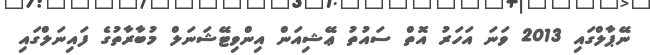
ނޭޕާލްގައި 2013 ވަނަ އަހަރު އޮތް ސައުތު ޢޭޝިއަން އިންވިޓޭޝަނަލް މުބާރާތުގެ ފައިނަލްގައި